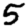
Digit: 5